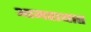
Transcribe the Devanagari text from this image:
आमरायात